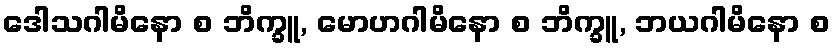
ဒေါသဂါမိနော စ ဘိက္ခူ, မောဟဂါမိနော စ ဘိက္ခူ, ဘယဂါမိနော စ